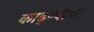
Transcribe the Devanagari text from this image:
काढ्ण्याचा